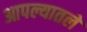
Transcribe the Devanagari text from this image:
आपल्यातले